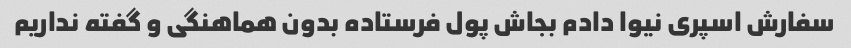
سفارش اسپری نیوا دادم بجاش پول فرستاده بدون هماهنگی و گفته نداریم